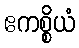
ဧကစ္စိယံ